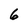
Character: 6